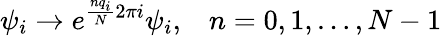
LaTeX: \psi_{i}\to e^{\frac{nq_{i}}{N}2\pi i}\psi_{i},\; \; \; n=0,1,\ldots,N-1